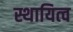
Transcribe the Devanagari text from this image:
स्थायित्‍व